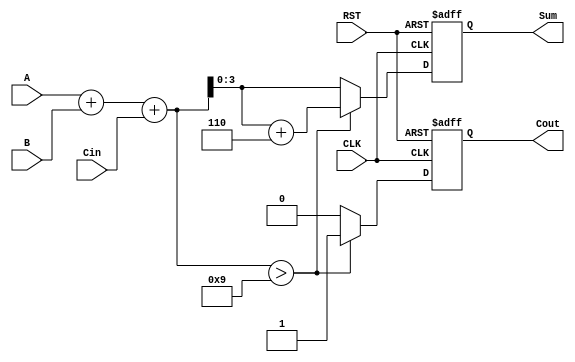
module BCD_Synchronous_Adder (
    input  wire [3:0] A,      // First BCD digit
    input  wire [3:0] B,      // Second BCD digit
    input  wire Cin,           // Carry input
    input  wire CLK,           // Clock signal
    input  wire RST,           // Reset signal
    output reg  [3:0] Sum,     // BCD sum output
    output reg  Cout           // Carry output
);

    reg [4:0] binary_sum;      // 5-bit to hold the binary sum (A + B + Cin)

    always @(posedge CLK or posedge RST) begin
        if (RST) begin
            Sum <= 4'b0000;     // Reset Sum to 0
            Cout <= 1'b0;       // Reset Cout to 0
        end else begin
            // Step 1: Calculate the binary sum
            binary_sum = A + B + Cin;

            // Step 2: BCD Correction
            if (binary_sum > 5'd9) begin
                binary_sum = binary_sum + 5'd6; // Add 6 for BCD correction
                Cout <= 1'b1;                   // Set carry out
            end else begin
                Cout <= 1'b0;                   // No carry out
            end

            // Step 3: Assign the corrected sum to the output
            Sum <= binary_sum[3:0];             // Assign lower 4 bits to Sum
        end
    end

endmodule